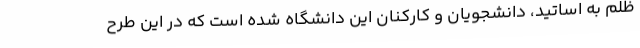
ظلم به اساتید، دانشجویان و کارکنان این دانشگاه شده است که در این طرح